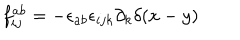
f _ { i j } ^ { a b } = - { \epsilon _ { a b } } { \epsilon _ { i j k } } \partial _ { k } \delta ( x - y )